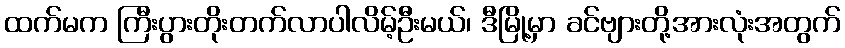
ထက်မက ကြီးပွားတိုးတက်လာပါလိမ့်ဦးမယ်၊ ဒီမြို့မှာ ခင်ဗျားတို့အားလုံးအတွက်